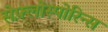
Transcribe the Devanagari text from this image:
सेफ़्लोस्पोरिन्स